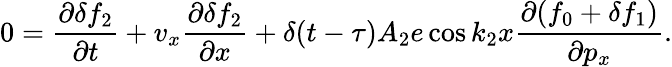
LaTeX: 0=\frac{\partial\delta f_{2}}{\partial t}+v_{x}\frac{\partial\delta f_{2}}{\partial x}+\delta(t-\tau)A_{2}e\cos k_{2}x\frac{\partial(f_{0}+\delta f_{1})}{\partial p_{x}}.